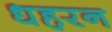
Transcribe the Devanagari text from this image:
धहरन